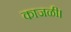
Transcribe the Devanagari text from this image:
काजळी।